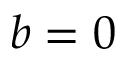
b = 0